Report of the Municipal Commissioner on the plague in Bombay for the year ending 31st May... - Volume 3
Disease focus: Plague
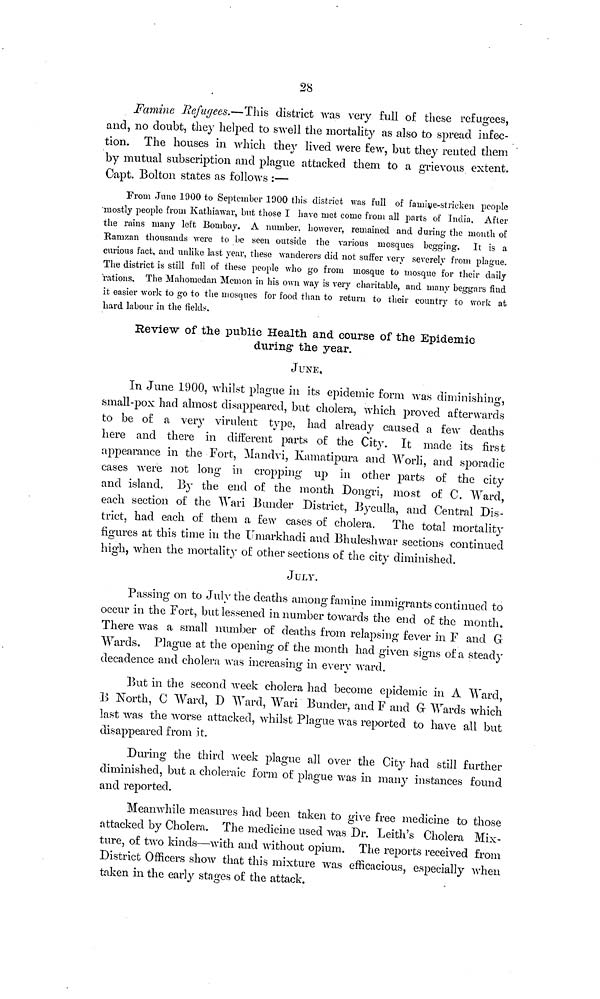
28
Famine Refugees.—This district was very full of these refugees,
and, no doubt, they helped to swell the mortality as also to spread infec-
tion. The houses in which they lived were few, but they rented them
by mutual subscription and plague attacked them to a grievous extent.
Capt. Bolton states as follows :—
From June 1900 to September 1900 this district was full of famine-stricken people
mostly people from Kathinawar, but those I have met come from all parts of India, After
the rains many left Bombay. A number, however, remained and during the month of
Ramzan thousands were to be seen outside the various mosques begging. It is a
curious fact, and unlike last year, these wanderers did not suffer very severely from plague.
The district is still full of these people who go from mosque to mosque for their daily
rations. The Mahomedan Memon in his own way is very charitable, and many beggars find
it easier work to go to the mosques for food than to return to their country to work at
hard labour in the fields.
Review of the public Health and course of the Epidemic
during the year.
JUNE,
In June 1900, whilst plague in its epidemic form was diminishing,
small-pox had almost disappeared, but cholera, which proved afterwards
to be of a very virulent type, had already caused a few deaths
here and there in different parts of the City. It made its first
appearance in the Fort, Mandvi, Kamatipura and Worli, and sporadic
cases were not long in cropping up in other parts of the city
and island. By the end of the month Dongri, most of C. Ward,
each section of the Wari Bunder District, Byculla, and Central Dis-
trict, had each of them a few cases of cholera. The total mortality
figures at this time in the Umarkhadi and Bhuleshwar sections continued
high, when the mortality of other sections of the city diminished.
JULY.
Passing on to July the deaths among famine immigrants continued to
occur in the Fort, but lessened in number towards the end of the month.
There was a small number of deaths from relapsing fever in F and G
Wards. Plague at the opening of the month had given signs of a steady
decadence and cholera was increasing in every ward.
But in the second week cholera had become epidemic in A Ward,
B North, C Ward, D Ward, Wari Bunder, and F and G Wards which
last was the worse attacked, whilst Plague was reported to have all but
disappeared from it.
During the third week plague all over the City had still further
diminished, but a choleraic form of plague was in many instances found
and reported.
Meanwhile measures had been taken to give free medicine to those
attacked by Cholera. The medicine used was Dr. Leith's Cholera Mix-
ture, of two kinds—with and without opium. The reports received from
District Officers show that this mixture was efficacious, especially when
taken in the early stages of the attack.